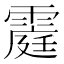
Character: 𮦥